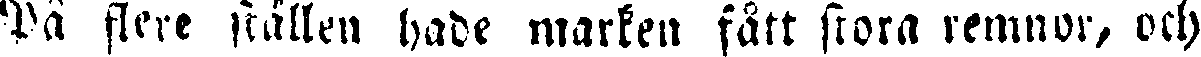
På flere ställen hade marken fått stora remnor, och